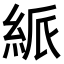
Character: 𥿯